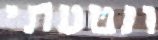
ונטעתי